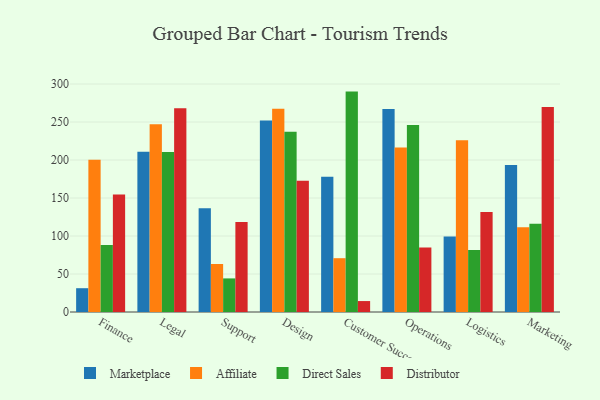
{"axis": {"x": "Department", "y": "Gross Profit (USD K)"}, "legend": ["Affiliate", "Direct Sales", "Distributor", "Marketplace"], "data": [{"x": "Finance", "y": 31.3, "type": "Marketplace"}, {"x": "Finance", "y": 200.4, "type": "Affiliate"}, {"x": "Finance", "y": 88.0, "type": "Direct Sales"}, {"x": "Finance", "y": 154.6, "type": "Distributor"}, {"x": "Legal", "y": 210.7, "type": "Marketplace"}, {"x": "Legal", "y": 246.9, "type": "Affiliate"}, {"x": "Legal", "y": 210.5, "type": "Direct Sales"}, {"x": "Legal", "y": 268.0, "type": "Distributor"}, {"x": "Support", "y": 136.5, "type": "Marketplace"}, {"x": "Support", "y": 63.2, "type": "Affiliate"}, {"x": "Support", "y": 44.2, "type": "Direct Sales"}, {"x": "Support", "y": 118.5, "type": "Distributor"}, {"x": "Design", "y": 251.9, "type": "Marketplace"}, {"x": "Design", "y": 267.5, "type": "Affiliate"}, {"x": "Design", "y": 237.2, "type": "Direct Sales"}, {"x": "Design", "y": 172.7, "type": "Distributor"}, {"x": "Customer Success", "y": 177.8, "type": "Marketplace"}, {"x": "Customer Success", "y": 70.8, "type": "Affiliate"}, {"x": "Customer Success", "y": 290.0, "type": "Direct Sales"}, {"x": "Customer Success", "y": 14.4, "type": "Distributor"}, {"x": "Operations", "y": 267.1, "type": "Marketplace"}, {"x": "Operations", "y": 216.5, "type": "Affiliate"}, {"x": "Operations", "y": 245.9, "type": "Direct Sales"}, {"x": "Operations", "y": 84.8, "type": "Distributor"}, {"x": "Logistics", "y": 99.4, "type": "Marketplace"}, {"x": "Logistics", "y": 225.9, "type": "Affiliate"}, {"x": "Logistics", "y": 81.6, "type": "Direct Sales"}, {"x": "Logistics", "y": 131.5, "type": "Distributor"}, {"x": "Marketing", "y": 193.4, "type": "Marketplace"}, {"x": "Marketing", "y": 111.4, "type": "Affiliate"}, {"x": "Marketing", "y": 116.2, "type": "Direct Sales"}, {"x": "Marketing", "y": 269.9, "type": "Distributor"}]}